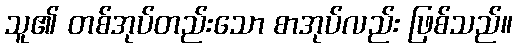
သူ၏ တစ်အုပ်တည်းသော စာအုပ်လည်း ဖြစ်သည်။